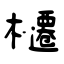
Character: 櫏